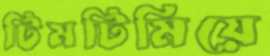
টিমটিমিয়ে